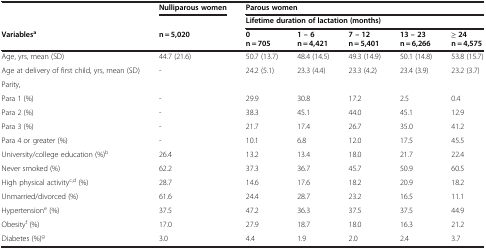
|  | Nulliparous women | <COLSPAN=5> Parous women |
 | --- | --- | --- | --- | --- | --- | --- |
 |  |  | <COLSPAN=5> Lifetime duration of lactation (months) |
 | Variablesa | n = 5,020 | 0 n = 705 | 1 – 6 n = 4,421 | 7 – 12 n = 5,401 | 13 – 23 n = 6,266 | ≥ 24 n = 4,575 |
 | Age, yrs, mean (SD) | 44.7 (21.6) | 50.7 (13.7) | 48.4 (14.5) | 49.3 (14.9) | 50.1 (14.8) | 53.8 (15.7) |
 | Age at delivery of first child, yrs, mean (SD) | - | 24.2 (5.1) | 23.3 (4.4) | 23.3 (4.2) | 23.4 (3.9) | 23.2 (3.7) |
 | <COLSPAN=7> Parity, |
 | Para 1 (%) | - | 29.9 | 30.8 | 17.2 | 2.5 | 0.4 |
 | Para 2 (%) | - | 38.3 | 45.1 | 44.0 | 45.1 | 12.9 |
 | Para 3 (%) | - | 21.7 | 17.4 | 26.7 | 35.0 | 41.2 |
 | Para 4 or greater (%) | - | 10.1 | 6.8 | 12.0 | 17.5 | 45.5 |
 | University/college education (%)b | 26.4 | 13.2 | 13.4 | 18.0 | 21.7 | 22.4 |
 | Never smoked (%) | 62.2 | 37.3 | 36.7 | 45.7 | 50.9 | 60.5 |
 | High physical activityc,d (%) | 28.7 | 14.6 | 17.6 | 18.2 | 20.9 | 18.2 |
 | Unmarried/divorced (%) | 61.6 | 24.4 | 28.7 | 23.2 | 16.5 | 11.1 |
 | Hypertensione (%) | 37.5 | 47.2 | 36.3 | 37.5 | 37.5 | 44.9 |
 | Obesityf (%) | 17.0 | 27.9 | 18.7 | 18.0 | 16.3 | 21.2 |
 | Diabetes (%)g | 3.0 | 4.4 | 1.9 | 2.0 | 2.4 | 3.7 |